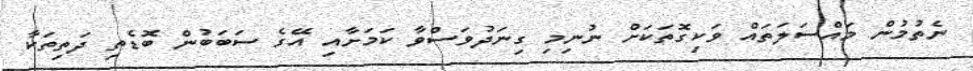
ނެތުމުން މައްސަލަތައް ވަކިގޮތަކަށް ނުނިމި ގިނަދުވަސްވާ ކަމަށާއި އޭގެ ސަބަބުން ބޮޑެތި ދަތިތަކާ